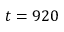
t = 9 2 0